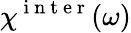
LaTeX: \chi^{\mathrm{~i~n~t~e~r~}}(\omega)